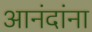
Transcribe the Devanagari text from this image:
आनंदांना